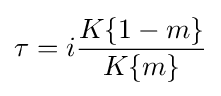
\tau =i{\frac {K\{1-m\}}{K\{m\}}}